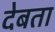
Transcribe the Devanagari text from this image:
देबता